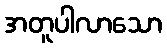
အတူပါလာသော